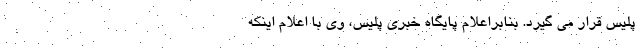
پلیس قرار می گیرد. بنابراعلام پایگاه خبری پلیس، وی با اعلام اینکه